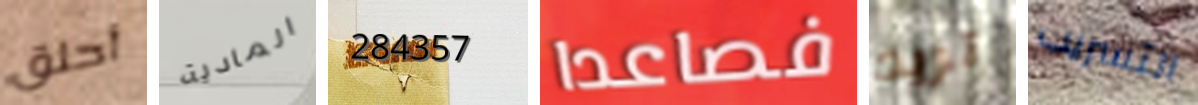
أحلق المادية 284357 فصاعدا تريد التسريب